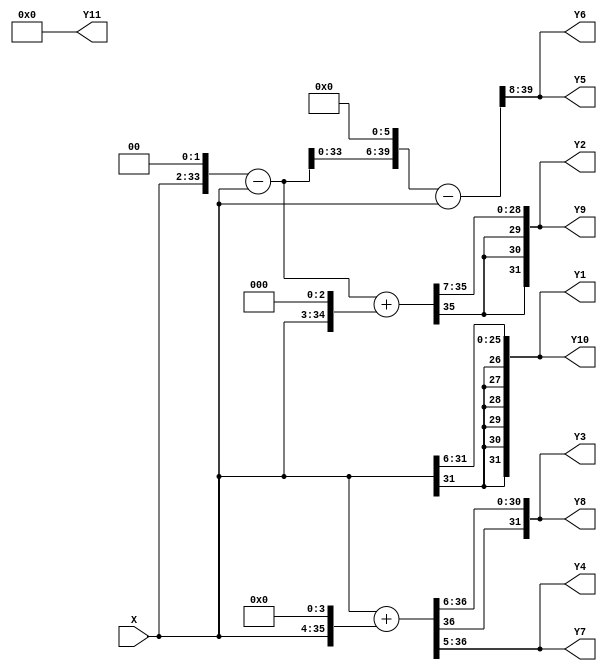
/*------------------------------------------------------------------------------
 * This code was generated by Spiral IIR Filter Generator, www.spiral.net
 * Copyright (c) 2006, Carnegie Mellon University
 * All rights reserved.
 * The code is distributed under a BSD style license
 * (see http://www.opensource.org/licenses/bsd-license.php)
 *------------------------------------------------------------------------------ */
/* ./iirGen.pl -A 256 0 378 0 179 0 32 0 2 0 0 0 -B 0 4 22 68 136 191 191 136 68 22 4 0 -moduleName IIR_filter -fractionalBits 8 -bitWidth 32 -inData inData -inReg -outReg -outData outData -clk clk -reset reset -reset_edge negedge -filterForm 1 -outFile ../outputs/filter_1542230730.v */
/* Warning: zero-valued filter taps have been optimized away. */

module IIR_filter_firBlock_left_MultiplyBlock (
    X,
    Y1,
    Y2,
    Y3,
    Y4,
    Y5,
    Y6,
    Y7,
    Y8,
    Y9,
    Y10,
    Y11
);

  // Port mode declarations:
  input signed   [31:0] X;
  output signed  [31:0]
    Y1,
    Y2,
    Y3,
    Y4,
    Y5,
    Y6,
    Y7,
    Y8,
    Y9,
    Y10,
    Y11;

  wire [31:0] Y [0:10];

  assign Y1 = Y[0];
  assign Y2 = Y[1];
  assign Y3 = Y[2];
  assign Y4 = Y[3];
  assign Y5 = Y[4];
  assign Y6 = Y[5];
  assign Y7 = Y[6];
  assign Y8 = Y[7];
  assign Y9 = Y[8];
  assign Y10 = Y[9];
  assign Y11 = Y[10];

  //Multipliers:

  wire signed [39:0]
    w1,
    w0,
    w16,
    w17,
    w4,
    w3,
    w8,
    w11,
    w192,
    w191,
    w22,
    w68,
    w136;

  assign w1 = X;
  assign w0 = 0;
  assign w11 = w3 + w8;
  assign w136 = w17 << 3;
  assign w16 = w1 << 4;
  assign w17 = w1 + w16;
  assign w191 = w192 - w1;
  assign w192 = w3 << 6;
  assign w22 = w11 << 1;
  assign w3 = w4 - w1;
  assign w4 = w1 << 2;
  assign w68 = w17 << 2;
  assign w8 = w1 << 3;

  assign Y[0] = w4[39:8];
  assign Y[1] = w22[39:8];
  assign Y[2] = w68[39:8];
  assign Y[3] = w136[39:8];
  assign Y[4] = w191[39:8];
  assign Y[5] = w191[39:8];
  assign Y[6] = w136[39:8];
  assign Y[7] = w68[39:8];
  assign Y[8] = w22[39:8];
  assign Y[9] = w4[39:8];
  assign Y[10] = w0[39:8];

  //IIR_filter_firBlock_left_MultiplyBlock area estimate = 9360.48955432647;
endmodule //IIR_filter_firBlock_left_MultiplyBlock




module IIR_filter_firBlock_left (
    X,
    clk,
    Y,
    reset
);

  // Port mode declarations:
  input   [31:0] X;
  input    clk;
  output  [31:0] Y;
  input    reset;

  //registerOut
  reg [31:0] Y;
  wire [31:0] Y_in;

  always@(posedge clk or negedge reset) begin
    if(~reset) begin
      Y <= 32'h00000000;
    end  else begin
      Y <= Y_in;
    end
  end

  wire [31:0] multProducts [0:10];

  IIR_filter_firBlock_left_MultiplyBlock my_IIR_filter_firBlock_left_MultiplyBlock(
    .X(X),
    .Y1(multProducts[0]),
    .Y2(multProducts[1]),
    .Y3(multProducts[2]),
    .Y4(multProducts[3]),
    .Y5(multProducts[4]),
    .Y6(multProducts[5]),
    .Y7(multProducts[6]),
    .Y8(multProducts[7]),
    .Y9(multProducts[8]),
    .Y10(multProducts[9]),
    .Y11(multProducts[10])
  );

  reg [31:0] firStep[0:9];

  always@(posedge clk or negedge reset) begin
    if(~reset) begin
      firStep[0] <= 32'h00000000;
      firStep[1] <= 32'h00000000;
      firStep[2] <= 32'h00000000;
      firStep[3] <= 32'h00000000;
      firStep[4] <= 32'h00000000;
      firStep[5] <= 32'h00000000;
      firStep[6] <= 32'h00000000;
      firStep[7] <= 32'h00000000;
      firStep[8] <= 32'h00000000;
      firStep[9] <= 32'h00000000;
    end
    else begin
      firStep[0] <=  multProducts[0];
      firStep[1] <=  firStep[0] + multProducts[1];
      firStep[2] <=  firStep[1] + multProducts[2];
      firStep[3] <=  firStep[2] + multProducts[3];
      firStep[4] <=  firStep[3] + multProducts[4];
      firStep[5] <=  firStep[4] + multProducts[5];
      firStep[6] <=  firStep[5] + multProducts[6];
      firStep[7] <=  firStep[6] + multProducts[7];
      firStep[8] <=  firStep[7] + multProducts[8];
      firStep[9] <=  firStep[8] + multProducts[9];
    end
  end

  assign Y_in = firStep[9]+ multProducts[10];
  //IIR_filter_firBlock_left area estimate = 56049.8412354117;
endmodule //IIR_filter_firBlock_left



/* Warning: zero-valued filter taps have been optimized away. */

module IIR_filter_firBlock_right_MultiplyBlock (
    X,
    Y1,
    Y2,
    Y3,
    Y4,
    Y5,
    Y6,
    Y7,
    Y8
);

  // Port mode declarations:
  input signed   [31:0] X;
  output signed  [31:0]
    Y1,
    Y2,
    Y3,
    Y4,
    Y5,
    Y6,
    Y7,
    Y8;

  wire [31:0] Y [0:7];

  assign Y1 = Y[0];
  assign Y2 = Y[1];
  assign Y3 = Y[2];
  assign Y4 = Y[3];
  assign Y5 = Y[4];
  assign Y6 = Y[5];
  assign Y7 = Y[6];
  assign Y8 = Y[7];

  //Multipliers:

  wire signed [39:0]
    w1,
    w0,
    w4,
    w3,
    w192,
    w189,
    w5,
    w10,
    w179,
    w2,
    w2_,
    w32,
    w32_,
    w179_,
    w378,
    w378_;

  assign w1 = X;
  assign w0 = 0;
  assign w10 = w5 << 1;
  assign w179 = w189 - w10;
  assign w179_ = -1 * w179;
  assign w189 = w192 - w3;
  assign w192 = w3 << 6;
  assign w2 = w1 << 1;
  assign w2_ = -1 * w2;
  assign w3 = w4 - w1;
  assign w32 = w1 << 5;
  assign w32_ = -1 * w32;
  assign w378 = w189 << 1;
  assign w378_ = -1 * w378;
  assign w4 = w1 << 2;
  assign w5 = w1 + w4;

  assign Y[0] = w2_[39:8];
  assign Y[1] = w0[39:8];
  assign Y[2] = w32_[39:8];
  assign Y[3] = w0[39:8];
  assign Y[4] = w179_[39:8];
  assign Y[5] = w0[39:8];
  assign Y[6] = w378_[39:8];
  assign Y[7] = w0[39:8];

  //IIR_filter_firBlock_right_MultiplyBlock area estimate = 16402.4783787809;
endmodule //IIR_filter_firBlock_right_MultiplyBlock




module IIR_filter_firBlock_right (
    X,
    clk,
    Y,
    reset
);

  // Port mode declarations:
  input   [31:0] X;
  input    clk;
  output  [31:0] Y;
  input    reset;

  //registerOut
  reg [31:0] Y;
  wire [31:0] Y_in;

  always@(posedge clk or negedge reset) begin
    if(~reset) begin
      Y <= 32'h00000000;
    end  else begin
      Y <= Y_in;
    end
  end

  wire [31:0] multProducts [0:7];

  IIR_filter_firBlock_right_MultiplyBlock my_IIR_filter_firBlock_right_MultiplyBlock(
    .X(X),
    .Y1(multProducts[0]),
    .Y2(multProducts[1]),
    .Y3(multProducts[2]),
    .Y4(multProducts[3]),
    .Y5(multProducts[4]),
    .Y6(multProducts[5]),
    .Y7(multProducts[6]),
    .Y8(multProducts[7])
  );

  reg [31:0] firStep[0:6];

  always@(posedge clk or negedge reset) begin
    if(~reset) begin
      firStep[0] <= 32'h00000000;
      firStep[1] <= 32'h00000000;
      firStep[2] <= 32'h00000000;
      firStep[3] <= 32'h00000000;
      firStep[4] <= 32'h00000000;
      firStep[5] <= 32'h00000000;
      firStep[6] <= 32'h00000000;
    end
    else begin
      firStep[0] <=  multProducts[0];
      firStep[1] <=  firStep[0] + multProducts[1];
      firStep[2] <=  firStep[1] + multProducts[2];
      firStep[3] <=  firStep[2] + multProducts[3];
      firStep[4] <=  firStep[3] + multProducts[4];
      firStep[5] <=  firStep[4] + multProducts[5];
      firStep[6] <=  firStep[5] + multProducts[6];
    end
  end

  assign Y_in = firStep[6]+ multProducts[7];
  //IIR_filter_firBlock_right area estimate = 42574.5943051662;
endmodule //IIR_filter_firBlock_right




module IIR_filter (
    inData,
    clk,
    outData,
    reset
);

  // Port mode declarations:
  input   [31:0] inData;
  input    clk;
  output  [31:0] outData;
  input    reset;

  //registerIn
  reg [31:0] inData_in;

  always@(posedge clk or negedge reset) begin
    if(~reset) begin
      inData_in <= 32'h00000000;
    end  else begin
      inData_in <= inData;
    end
  end

  //registerOut
  reg [31:0] outData;
  wire [31:0] outData_in;

  always@(posedge clk or negedge reset) begin
    if(~reset) begin
      outData <= 32'h00000000;
    end  else begin
      outData <= outData_in;
    end
  end

  wire [31:0] leftOut, rightOut;

  IIR_filter_firBlock_left my_IIR_filter_firBlock_left(
    .X(inData_in),
    .Y(leftOut),
    .clk(clk),
    .reset(reset)
);

  IIR_filter_firBlock_right my_IIR_filter_firBlock_right(
    .X(outData_in),
    .Y(rightOut),
    .clk(clk),
    .reset(reset)
);

  assign outData_in = leftOut + rightOut;

  //IIR_filter area estimate = 105716.320536651;
endmodule //IIR_filter